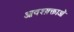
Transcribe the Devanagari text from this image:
आवश्य़क्ताओं